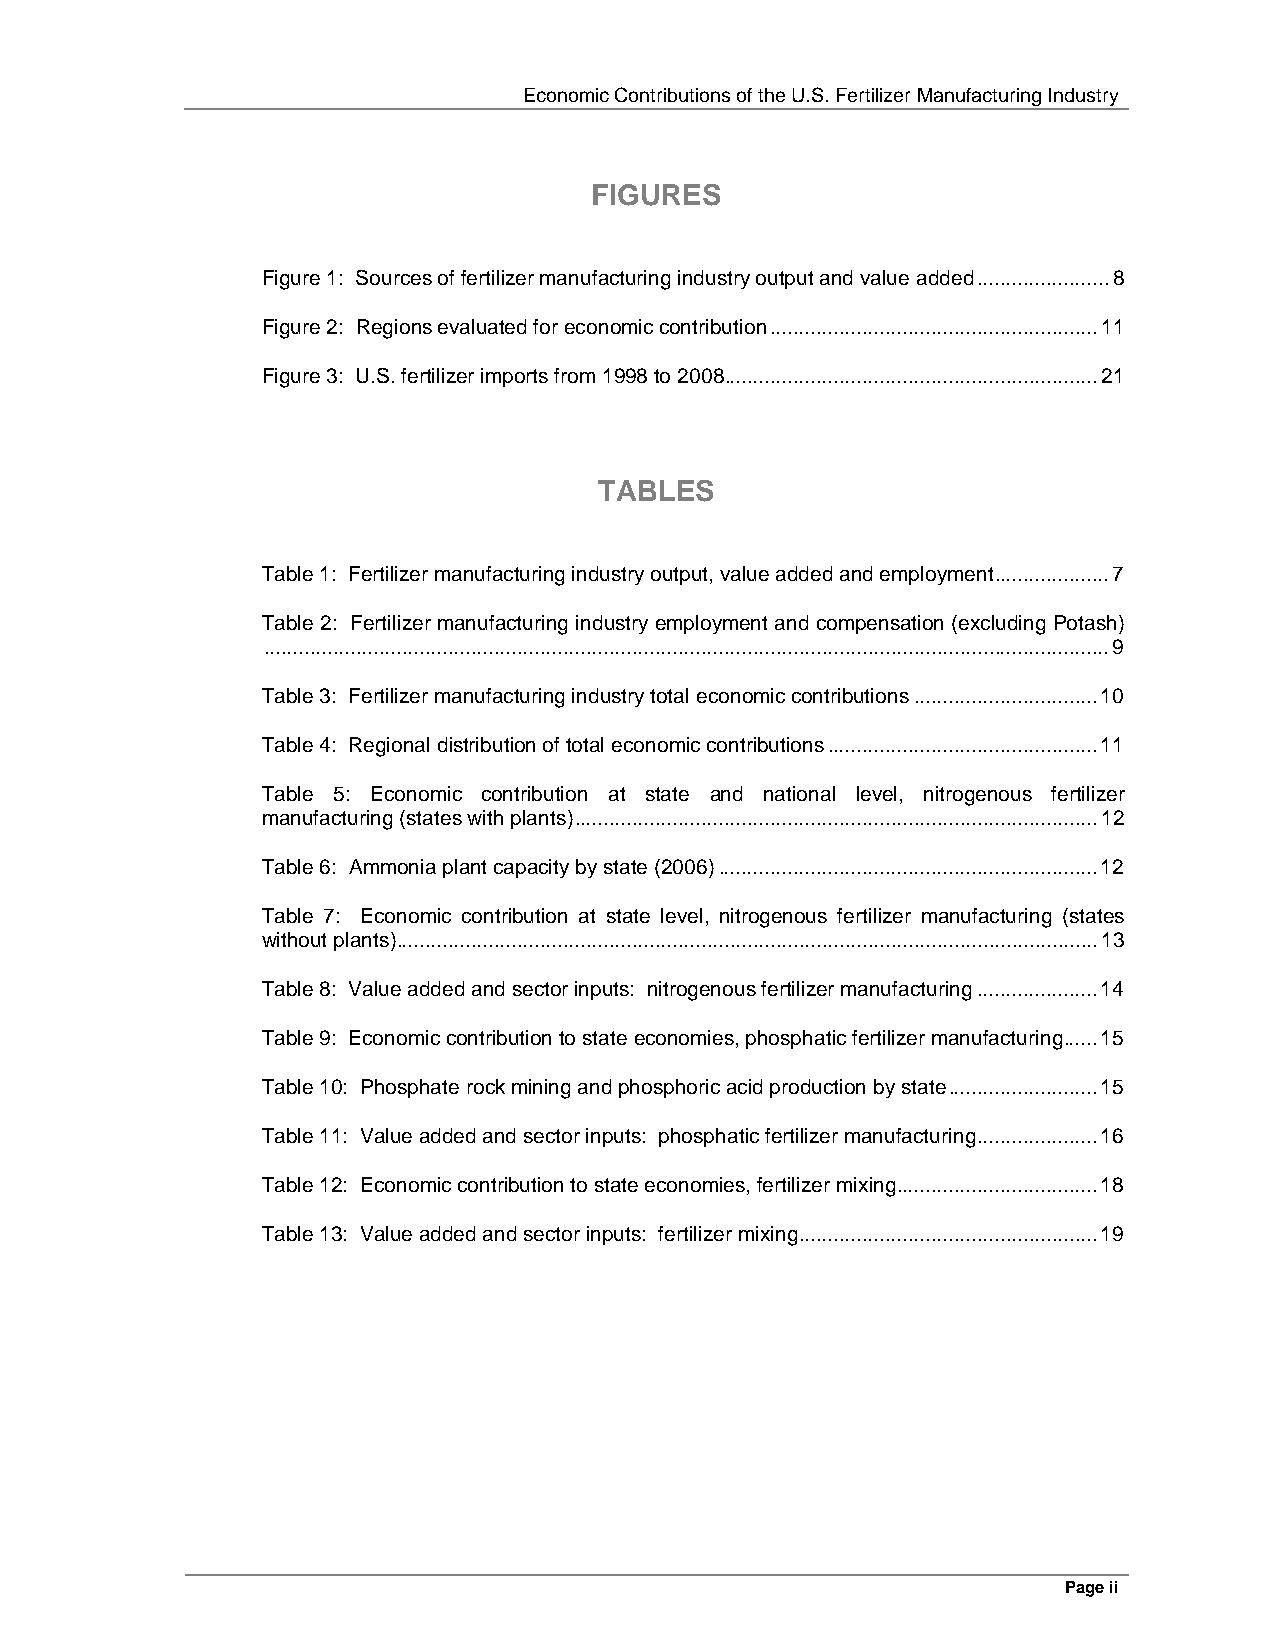
Economic Contributions of the U.S. Fertilizer Manufacturing Industry
 FIGURES
 Figure 1: Sources of fertilizer manufacturing industry output and value added.......................8
 Figure 2: Regions evaluated for economic contribution.........................................................11
 Figure 3: U.S. fertilizer imports from 1998 to 2008.................................................................21
 TABLES
 Table 1: Fertilizer manufacturing industry output, value added and employment....................7
 Table 2: Fertilizer manufacturing industry employment and compensation (excluding Potash)
 ...................................................................................................................................................9
 Table 3: Fertilizer manufacturing industry total economic contributions................................10
 Table 4: Regional distribution of total economic contributions...............................................11
 Table 5: Economic contribution at state and national level, nitrogenous fertilizer
 manufacturing (states with plants)...........................................................................................12
 Table 6: Ammonia plant capacity by state (2006)..................................................................12
 Table 7: Economic contribution at state level, nitrogenous fertilizer manufacturing (states
 without plants)..........................................................................................................................13
 Table 8: Value added and sector inputs: nitrogenous fertilizer manufacturing.....................14
 Table 9: Economic contribution to state economies, phosphatic fertilizer manufacturing......15
 Table 10: Phosphate rock mining and phosphoric acid production by state..........................15
 Table 11: Value added and sector inputs: phosphatic fertilizer manufacturing.....................16
 Table 12: Economic contribution to state economies, fertilizer mixing...................................18
 Table 13: Value added and sector inputs: fertilizer mixing....................................................19
 Page ii